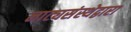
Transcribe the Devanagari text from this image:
नाट्यसंस्थेद्वारा